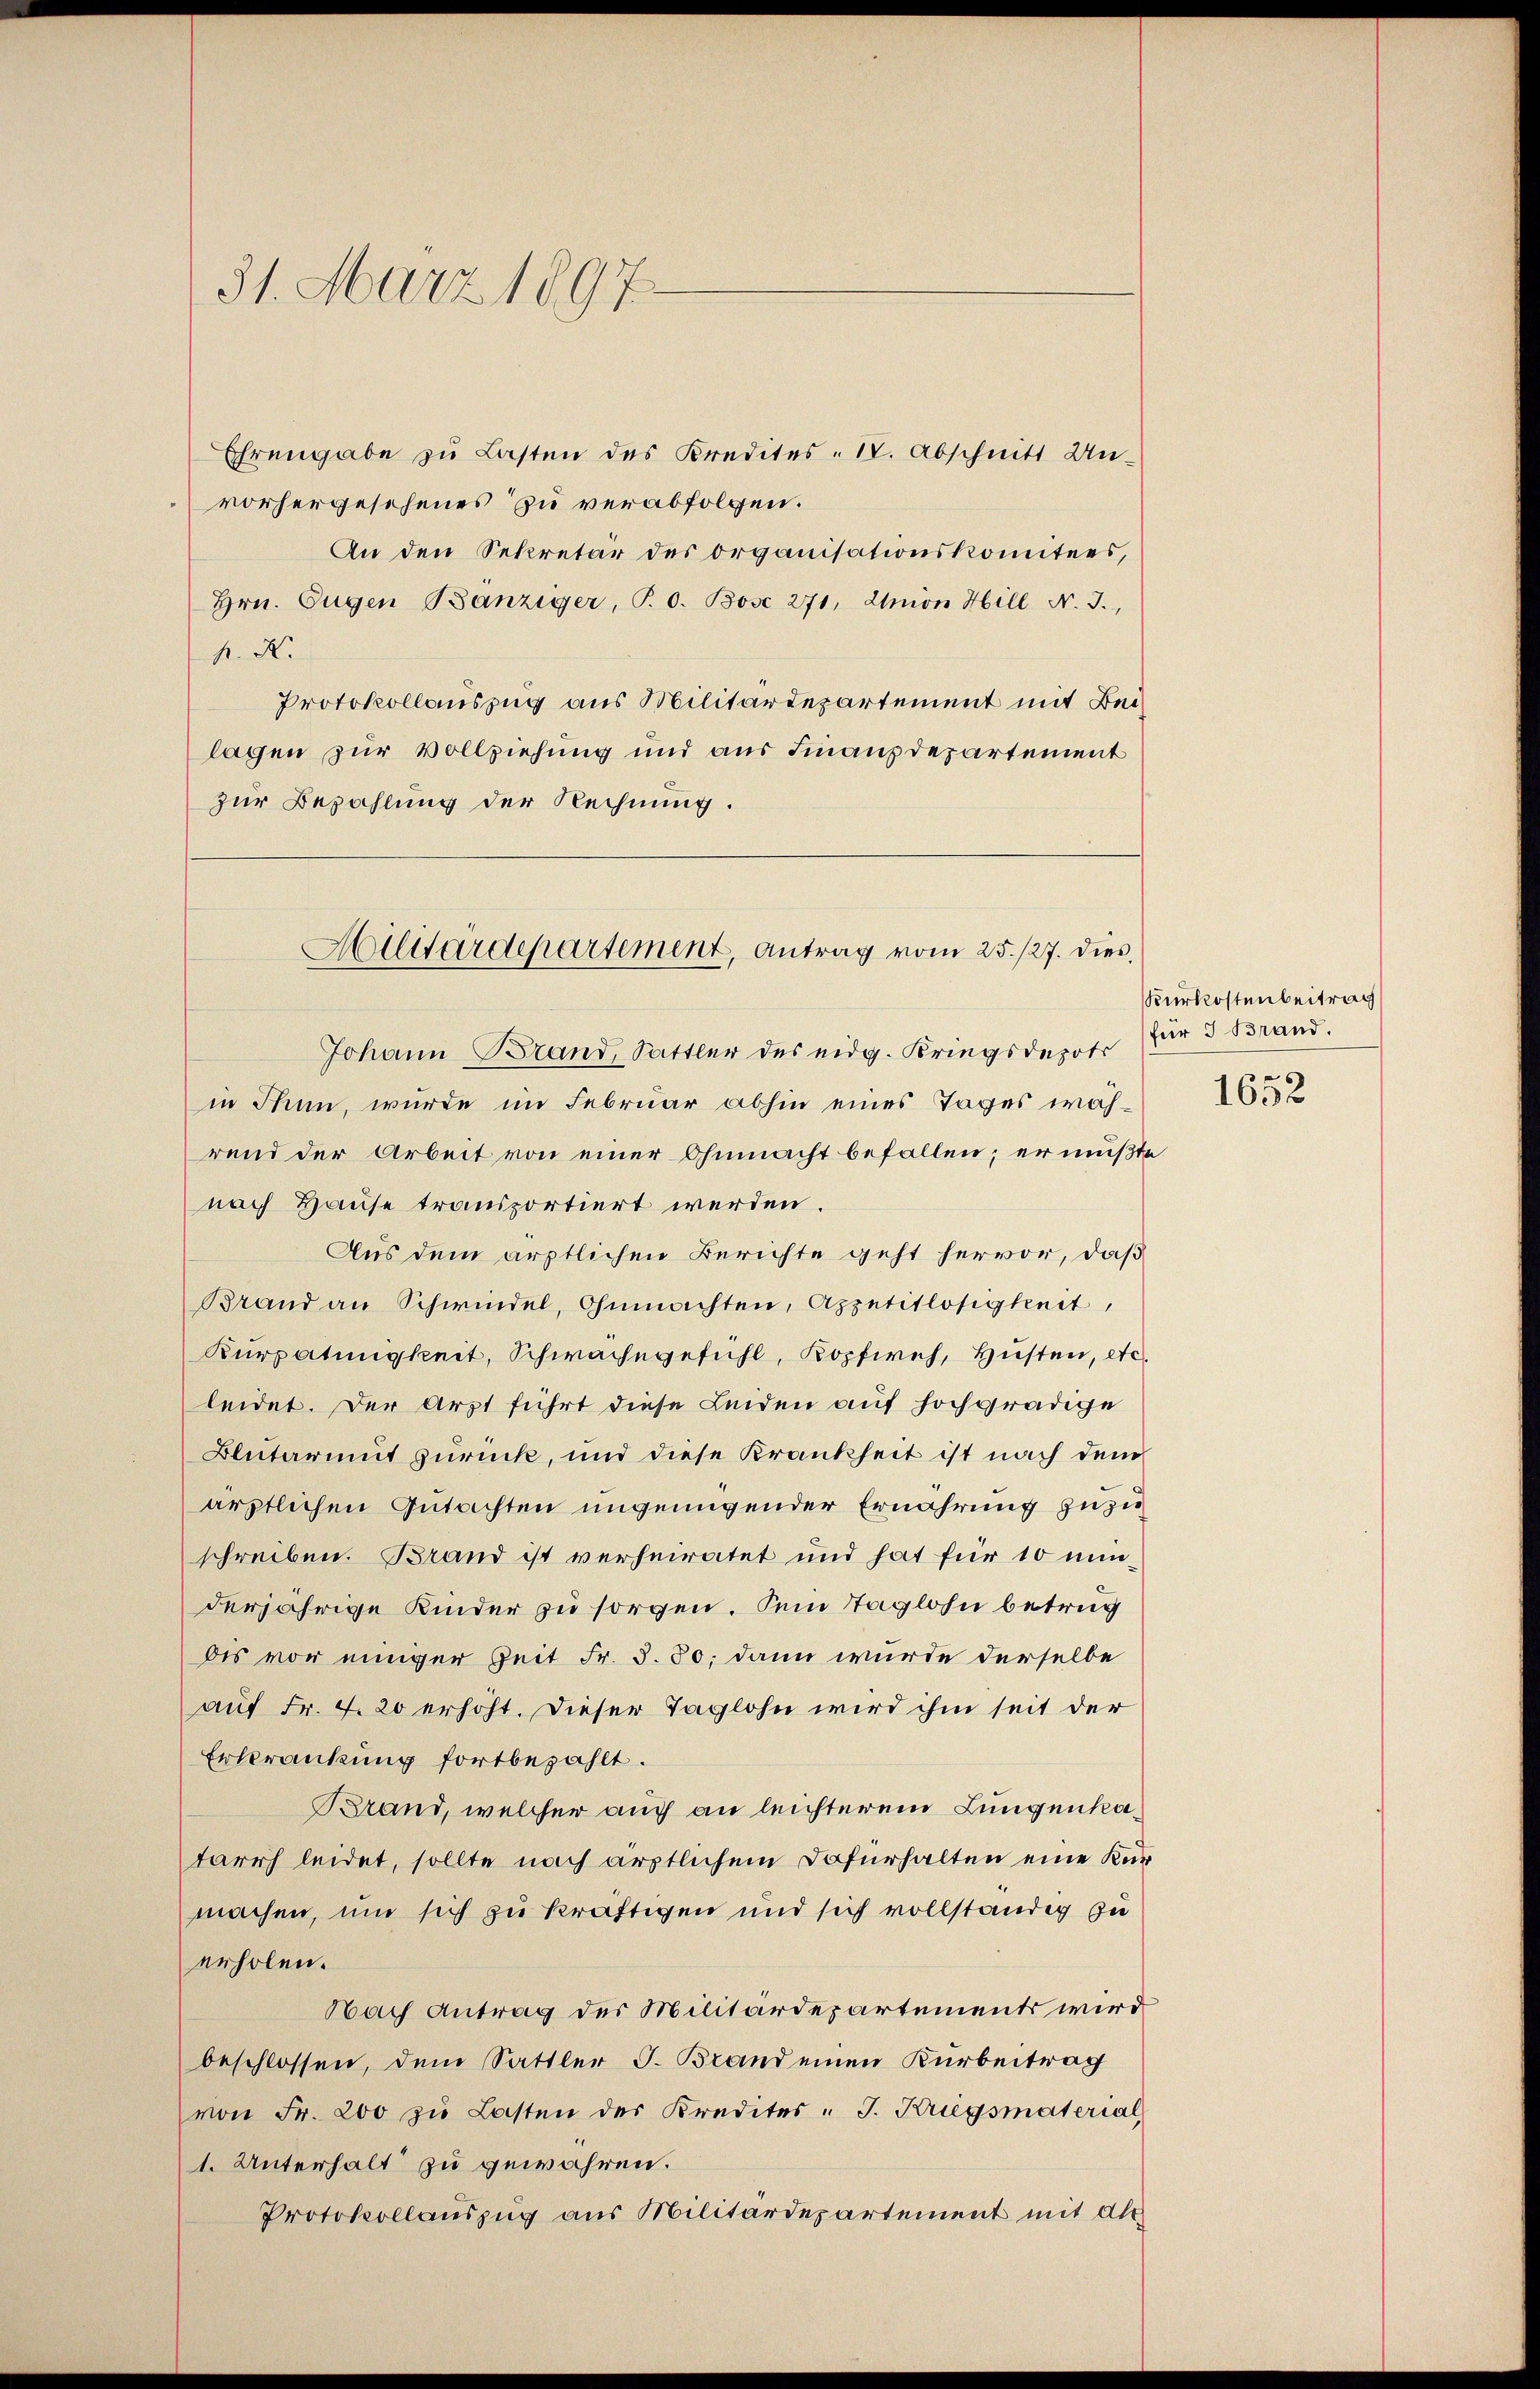
31. März 1897.

Ehrengabe zu Lasten des Kredites - 18. Abschnitt Un-
vorhergesehenes zu verabfolgen.
An den Sekretär des organisationskomitees,
Hrn. Eugen Bänziger, T. 0. Böse 271, Amon Hill N. J.,
h. X.
Protokollauszug aus Militärdepartement mit Beilagen zur Vollziehung und aus Finanzdepartement
zur Bezahlung der Rechnung.

Johann Brand, Sattler des eidg. Kriegsdepots
in Thun, wurde im Februar abhin eines Tages während der Arbeit von einer Ohnmacht befallen; er mußte
nach Hause transportiert werden
Aus dem ärztlichen Berichte geht hervor, daß
Brand an Schwindel, Ohnmachten, Appetitlosigkeit,
Kurpatingkeit, Schwachegefühl, Kopfweh, Husten, etc.
leidet. Der Arzt führt diese Leiden auf hochgradige
Blutarmut zurück, und diese Krankheit ist nach dem
ärztlichen Gutachten ungenügender Ernährung zuzuschreiben. Brand ist verheiratet und hat für 10 minderjährige Kinder zu sorgen. Sein Taglohn betrug
dis vor einiger Zeit Fr. S. 30; dann wurde derselbe
auf Fr. 4. 20 erhöht. Dieser Taglohn wird ihm seit der
Erkrankung fortbezahlt.
Brand, welcher auch an leichterem Lungenkatarrh leidet, sollte nach ärztlichem Dafürhalten eine Kurmachen, um sich zu kräftigen und sich vollständig zu
erholen.
Nach Antrag des Militärdepartements wird
beschlossen, dem Sattler J. Brand einen Kürbeitrag
von Fr. 200 zŭ Lasten des Kredites J. Kriegsmaterial,
1. Unterhalt zu gewähren.
Protokollauszug aus Militärdepartement mit als

Alltardepartement, Antrag vom 25. 127. dies,

Kurkostenbeitrach
für 3 Brand.
1652